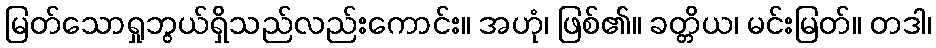
မြတ်သောရှုဘွယ်ရှိသည်လည်းကောင်း။ အဟုံ၊ ဖြစ်၏။ ခတ္တိယ၊ မင်းမြတ်။ တဒါ၊